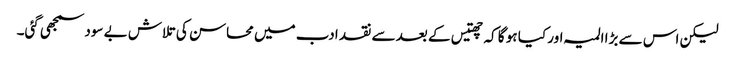
لیکن اس سے بڑا المیہ اور کیا ہو گا کہ چھتیس کے بعد سے نقد ادب میں محاسن کی تلاش بے سود سمجھی گئی۔